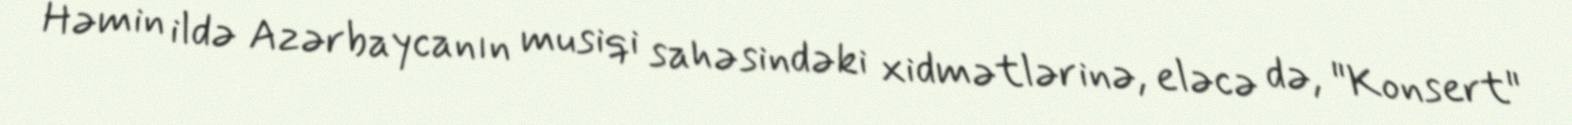
Həmin ildə Azərbaycanın musiqi sahəsindəki xidmətlərinə, eləcə də, "Konsert"